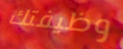
وظيفتك